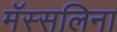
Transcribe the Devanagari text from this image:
मॅस्सलिना